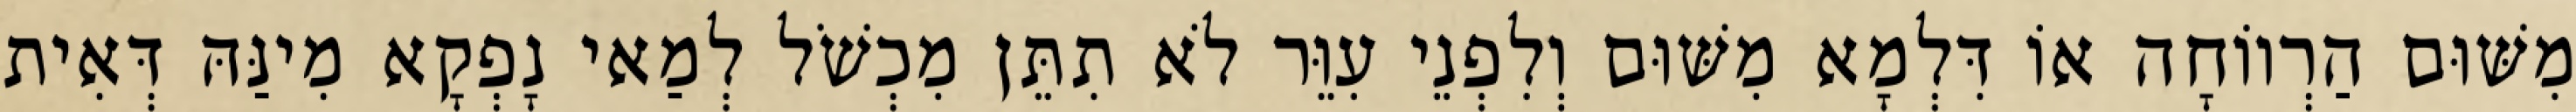
מִשּׁוּם הַרְווֹחָה אוֹ דִּלְמָא מִשּׁוּם וְלִפְנֵי עִוֵּר לֹא תִתֵּן מִכְשֹׁל לְמַאי נָפְקָא מִינַּהּ דְּאִית